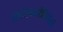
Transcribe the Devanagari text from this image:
लिजिनाप्टेरिडेसिई